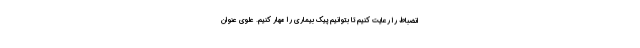
انضباط را رعایت کنیم تا بتوانیم پیک بیماری را مهار کنیم. علوی عنوان